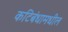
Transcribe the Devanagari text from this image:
कटिबंधामधील